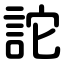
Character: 詑